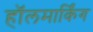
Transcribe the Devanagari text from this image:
हॉलमार्किंग